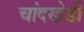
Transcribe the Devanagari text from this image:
चांदखेडी